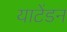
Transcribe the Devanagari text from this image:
याटेंडन